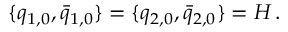
\{ q _ { 1 , 0 } , \bar { q } _ { 1 , 0 } \} = \{ q _ { 2 , 0 } , \bar { q } _ { 2 , 0 } \} = H \, .